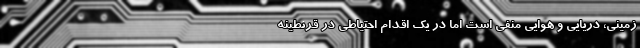
زمینی، دریایی و هوایی منفی است اما در یک اقدام احتیاطی در قرنطینه